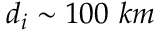
d _ { i } \sim 1 0 0 ~ k m